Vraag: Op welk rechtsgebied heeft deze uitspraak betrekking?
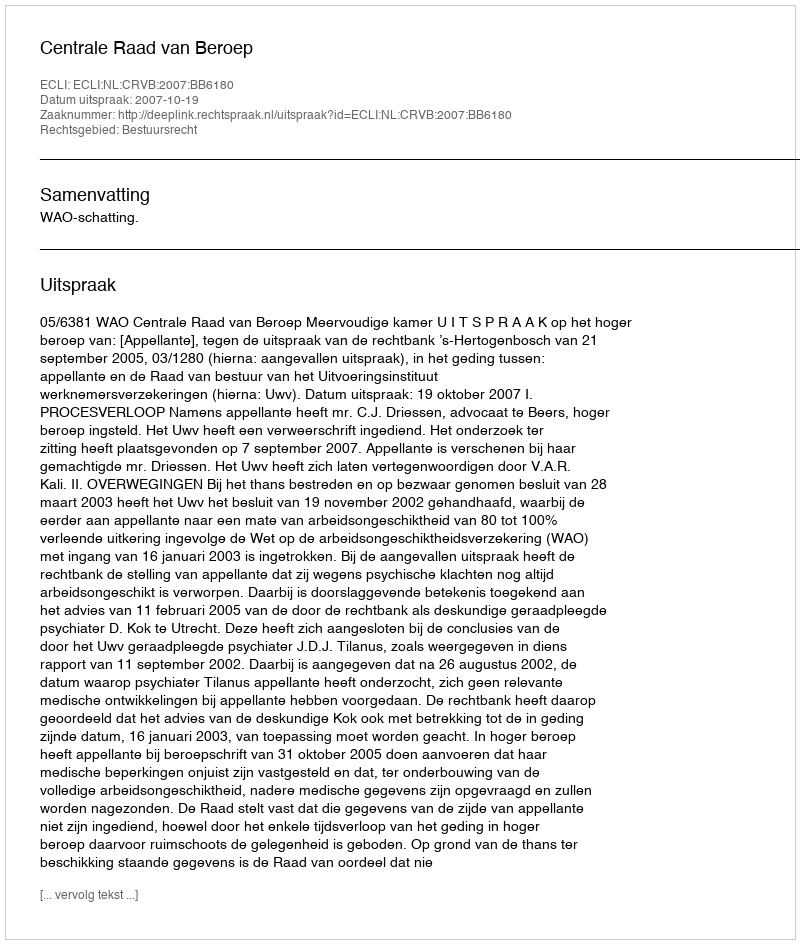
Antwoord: Bestuursrecht